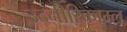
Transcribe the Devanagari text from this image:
उदनीरिकाम्ल